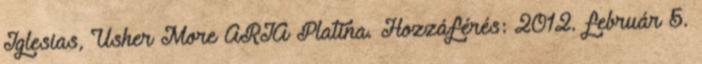
Iglesias, Usher More ARIA Platina. Hozzáférés: 2012. február 5.